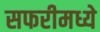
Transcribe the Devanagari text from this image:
सफरीमध्ये